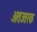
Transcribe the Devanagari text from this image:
अतउतरक